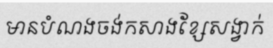
មានបំណងចង់កសាងខ្សែសង្វាក់